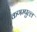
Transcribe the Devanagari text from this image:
कणम्पुल्ल